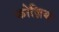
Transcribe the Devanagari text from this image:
कोज़िया